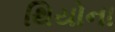
થિયોના